Lunatic asylums Central Provinces reports 1886-1894 - 1886-1894
Year: 1886
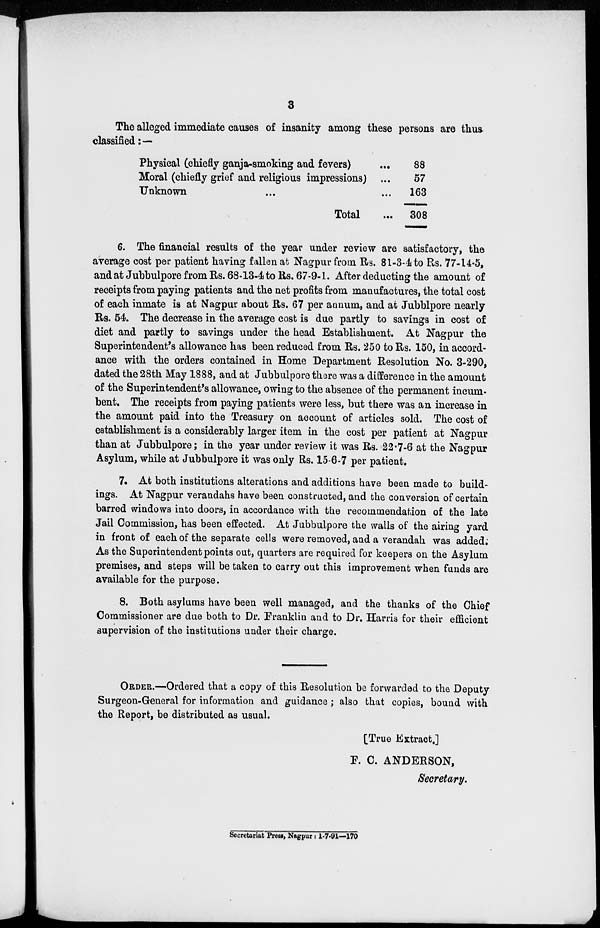
3
The alleged immediate causes of insanity among these persons are thus
classified:—
Physical (chiefly ganja-smoking and fevers) ...
Moral (chiefly grief and religious impressions) ...
Unknown
...
...
Total ...
88
57
163
308
6. The financial results of the year under review are satisfactory, the
average cost per patient having fallen at Nagpur from Rs. 81-3-4 to Rs. 77-14-5,
and at Jubbulpore from Rs. 68-13-4 to Rs. 67-9-1. After deducting the amount of
receipts from paying patients and the net profits from manufactures, the total cost
of each inmate is at Nagpur about Rs. 67 per annum, and at Jubblpore nearly
Rs. 54. The decrease in the average cost is due partly to savings in cost of
diet and partly to savings under the head Establishment. At Nagpur the
Superintendent's allowance has been reduced from Rs. 250 to Rs. 150, in accord-
ance with the orders contained in Home Department Resolution No. 3-290,
dated the 28th May 1888, and at Jubbulpore there was a difference in the amount
of the Superintendent's allowance, owing to the absence of the permanent incum-
bent. The receipts from paying patients were less, but there was an increase in
the amount paid into the Treasury on account of articles sold. The cost of
establishment is a considerably larger item in the cost per patient at Nagpur
than at Jubbulpore; in the year under review it was Rs. 22-7-6 at the Nagpur
Asylum, while at Jubbulpore it was only Rs. 15-6-7 per patient.
7. At both institutions alterations and additions have been made to build-
ings. At Nagpur verandahs have been constructed, and the conversion of certain
barred windows into doors, in accordance with the recommendation of the late
Jail Commission, has been effected. At Jubbulpore the walls of the airing yard
in front of each of the separate cells were removed, and a verandah was added.
As the Superintendent points out, quarters are required for keepers on the Asylum
premises, and steps will be taken to carry out this improvement when funds are
available for the purpose.
8. Both asylums have been well managed, and the thanks of the Chief
Commissioner are due both to Dr. Franklin and to Dr. Harris for their efficient
supervision of the institutions under their charge.
ORDER.—Ordered that a copy of this Resolution be forwarded to the Deputy
Surgeon-General for information and guidance; also that copies, bound with
the Report, be distributed as usual.
[True Extract.]
F. C. ANDERSON,
Secretary.
Secretariat Press, Nagpur: 1-7-91—170